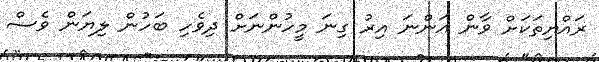
ރައްޔިތަކަށް ވާން އަންނަ އިރު ގިނަ މީހުންނަށް ދިވެހި ބަހުން ލިޔަން ވެސް